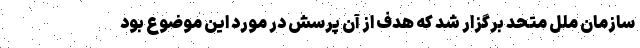
سازمان ملل متحد برگزار شد که هدف از آن پرسش در مورد این موضوع بود